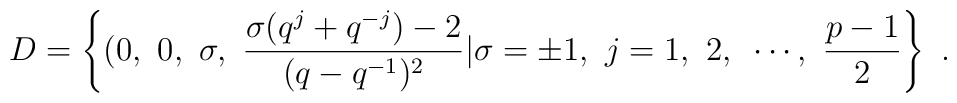
D=\left\{(0,~0,~\sigma,~\frac{\sigma(q^j+q^{-j})-2}{(q-q^{-1})^2}\vert\sigma=\pm 1,~j=1,~2,~\cdots,~\frac{p-1}{2}\right\}~.